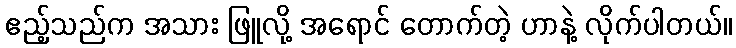
ဧည့်သည်က အသား ဖြူလို့ အရောင် တောက်တဲ့ ဟာနဲ့ လိုက်ပါတယ်။